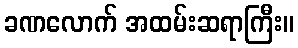
ခဏလောက် အထမ်းဆရာကြီး။